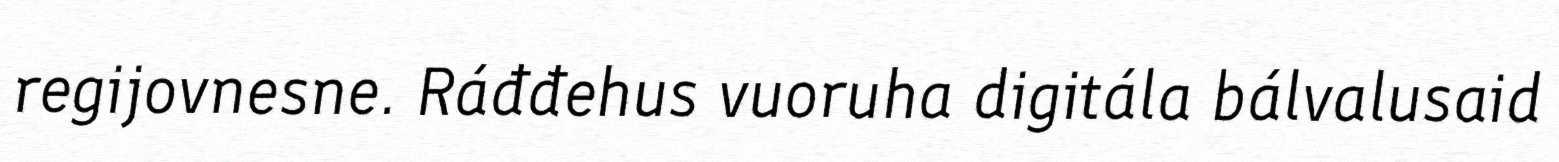
regijovnesne. Ráđđehus vuoruha digitála bálvalusaid